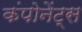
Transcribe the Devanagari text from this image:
कंपोनेंट्स